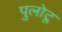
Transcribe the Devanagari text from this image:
पुलोटू